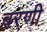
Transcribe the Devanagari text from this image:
बरणी